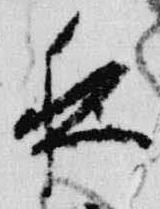
夜